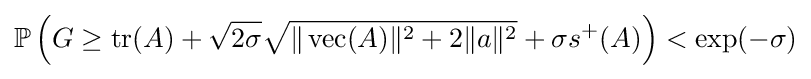
\mathbb {P} \left(G\geq \operatorname {tr} (A)+{\sqrt {2\sigma }}{\sqrt {\Vert \operatorname {vec} (A)\Vert ^{2}+2\Vert a\Vert ^{2}}}+\sigma s^{+}(A)\right)<\exp(-\sigma )